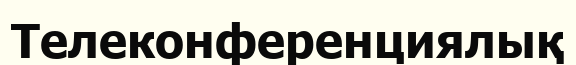
Телеконференциялық